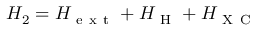
H _ { 2 } = H _ { \mathrm { ~ e ~ x ~ t ~ } } + H _ { \mathrm { ~ H ~ } } + H _ { \mathrm { ~ X ~ C ~ } }